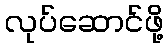
လုပ်ဆောင်ဖို့